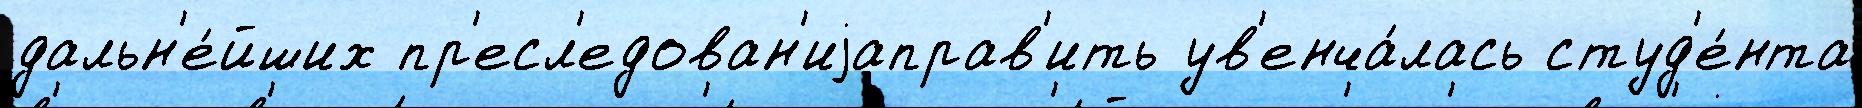
дальн'е́йших пр'есл'едован'иjаправ'ить ув'енча́лась студ'е́нта